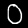
Digit: 0